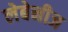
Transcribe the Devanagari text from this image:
लेबेनीज